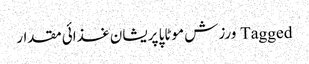
Tagged ورزش موٹاپا پریشان غذائی مقدار